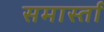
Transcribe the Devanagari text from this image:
समार्स्ता